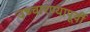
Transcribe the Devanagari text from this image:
उच्चारण्यापूर्वी